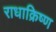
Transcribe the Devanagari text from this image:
राधाक्रिष्ण